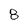
Character: 8